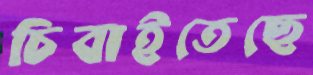
চিবাইতেছে